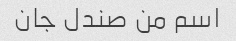
اسم من صندل جان